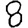
Digit: 8